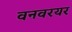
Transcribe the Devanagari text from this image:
वनवरयर